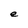
Character: e